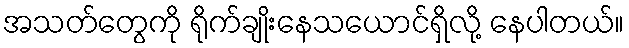
အသတ်တွေကို ရိုက်ချိုးနေသယောင်ရှိလို့ နေပါတယ်။